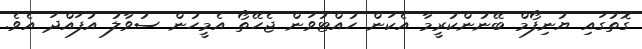
ގޮތުގައި ޔުނިފޯމް ބޭނުންކުރީމާ އެކަން ހުއްޓުވަން ޖެހޭތޯ އެމީހުން ސުވާލު އުފައްދަ އެވެ.